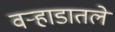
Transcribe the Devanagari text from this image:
वऱ्हाडातले